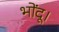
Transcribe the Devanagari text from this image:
भोंदू।